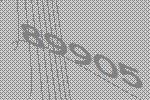
89905